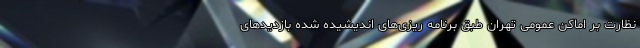
نظارت بر اماکن عمومی تهران طبق برنامه ریزی‌های اندیشیده شده بازدید‌های